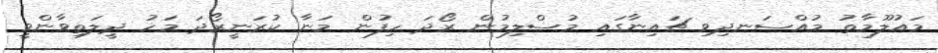
މައުލޫމާތު މުއްސަނދިވި ޗައިނާގައި މުސްލިމުން ރޯދަ ހިފުން މަނާ ކުރަނީރޯދަ މަހު ދީލަތިވާންވީ